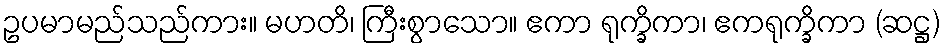
ဥပမာမည်သည်ကား။ မဟတိ၊ ကြီးစွာသော။ ဧကာ ရုက္ခိကာ၊ ဧကရုက္ခိကာ (ဆဋ္ဌ)